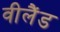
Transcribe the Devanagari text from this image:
वीलैंड